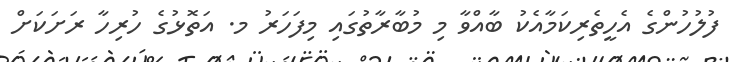
ފުލުހުންގެ އެހީތެރިކަމާއެކު ބާއްވާ މި މުބާރާތުގައި މިފަހަރު މ. އަތޮޅުގެ ހުރިހާ ރަށަކަށް